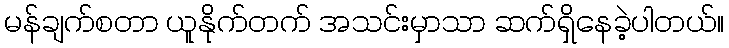
မန်ချက်စတာ ယူနိုက်တက် အသင်းမှာသာ ဆက်ရှိနေခဲ့ပါတယ်။